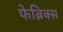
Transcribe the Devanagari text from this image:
फेब्रिक्स